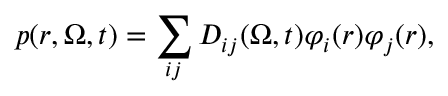
p ( r , \boldsymbol { \Omega } , t ) = \sum _ { i j } D _ { i j } ( \boldsymbol { \Omega } , t ) \varphi _ { i } ( r ) \varphi _ { j } ( r ) ,